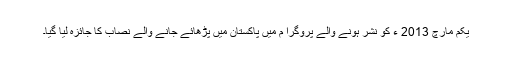
یکم مارچ 2013 ء کو نشر ہونے والے پروگرا م میں پاکستان میں پڑھائے جانے والے نصاب کا جائزہ لیا گیا۔